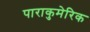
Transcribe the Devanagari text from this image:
पाराकुमेरिक